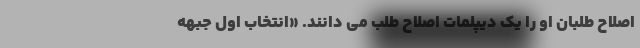
اصلاح طلبان او را یک دیپلمات اصلاح طلب می دانند. «انتخاب اول جبهه